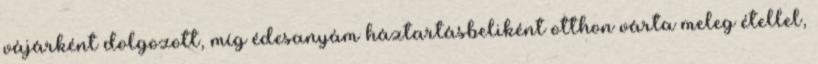
vájárként dolgozott, míg édesanyám háztartásbeliként otthon várta meleg étellel,